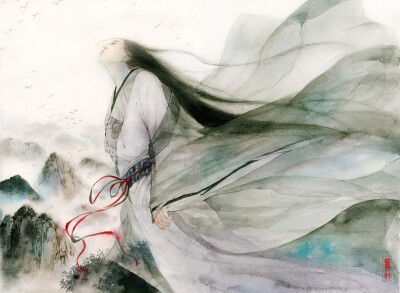
林中有奇鸟，自言是凤凰。